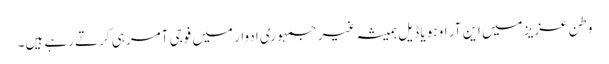
وطن عزیز میں این آر او ہو یا ڈیل ہمیشہ غیر جمہوری ادوار میں فوجی آمر ہی کرتے رہے ہیں۔